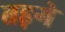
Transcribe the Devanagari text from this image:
तड़गे